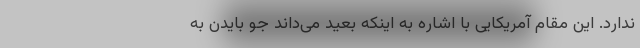
ندارد. این مقام آمریکایی با اشاره به اینکه بعید می‌داند جو بایدن به